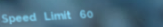
Speed Limit 60